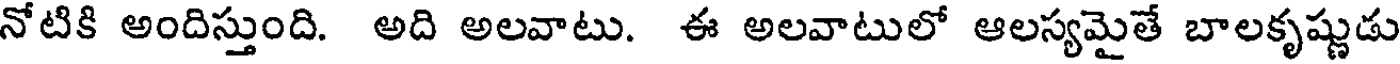
నోటికి అందిస్తుంది. అది అలవాటు. ఈ అలవాటులో ఆలస్యమైతే బాలకృష్ణుడు